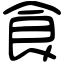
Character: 食